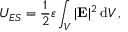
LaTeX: U _ { E S } = { \frac { 1 } { 2 } } \varepsilon \int _ { V } | \mathbf { E } | ^ { 2 } \, \mathrm { d } V \, ,